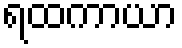
ရထကာယာ